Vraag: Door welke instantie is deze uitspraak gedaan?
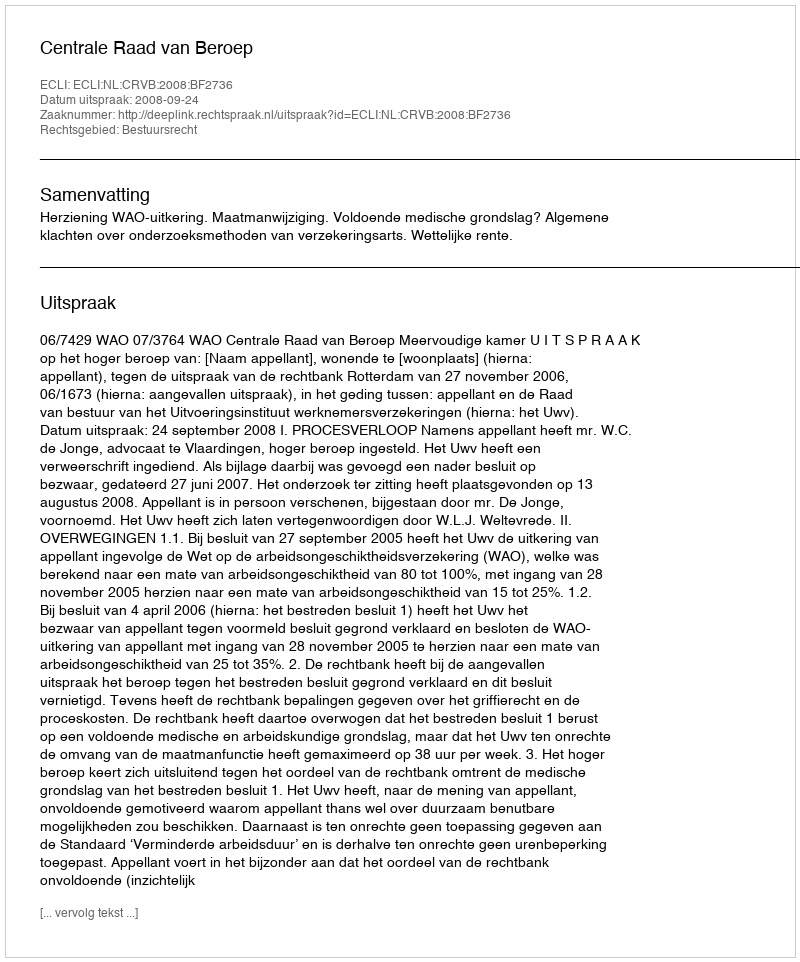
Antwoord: Centrale Raad van Beroep